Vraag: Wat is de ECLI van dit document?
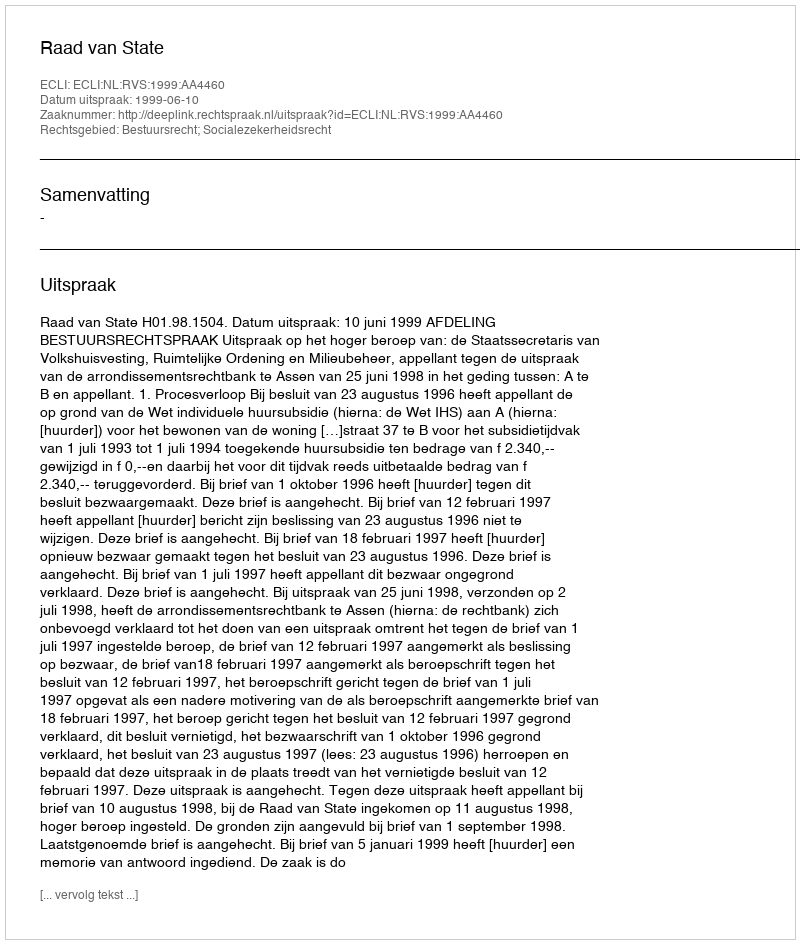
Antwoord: ECLI:NL:RVS:1999:AA4460